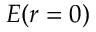
E ( r = 0 )